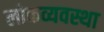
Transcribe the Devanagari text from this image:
लोकव्यवस्था